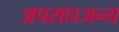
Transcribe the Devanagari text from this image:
अपराधजन्य